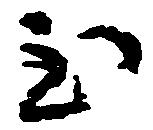
至